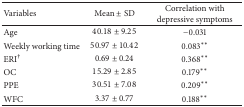
<table><thead><tr><td><b>Variables</b></td><td><b>Mean ± SD</b></td><td><b>Correlation with depressive symptoms</b></td></tr></thead><tbody><tr><td>Age</td><td>40.18 ± 9.25</td><td>−0.031</td></tr><tr><td>Weekly working time</td><td>50.97 ± 10.42</td><td>0.083**</td></tr><tr><td>ERI<sup>†</sup></td><td>0.69 ± 0.24</td><td>0.368**</td></tr><tr><td>OC</td><td>15.29 ± 2.85</td><td>0.179**</td></tr><tr><td>PPE</td><td>30.51 ± 7.08</td><td>0.209**</td></tr><tr><td>WFC</td><td>3.37 ± 0.77</td><td>0.188**</td></tr></tbody></table>